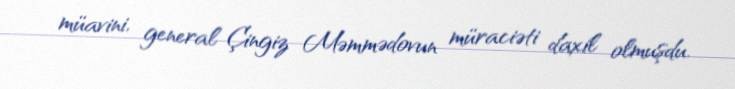
müavini, general Çingiz Məmmədovun müraciəti daxil olmuşdu.